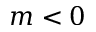
m < 0